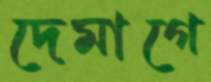
দেমাগে